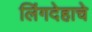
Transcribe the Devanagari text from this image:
लिंगदेहाचे